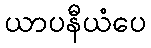
ယာပနီယံပေ